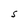
Character: S